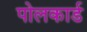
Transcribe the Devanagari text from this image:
पोलकार्ड